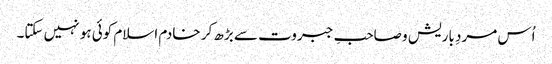
اُس مردِ باریش و صاحبِ جبروت سے بڑھ کر خادم اسلام کوئی ہو نہیں سکتا۔